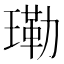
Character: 𤨕